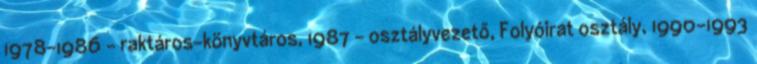
1978-1986 – raktáros-könyvtáros, 1987 – osztályvezető, Folyóirat osztály, 1990-1993